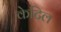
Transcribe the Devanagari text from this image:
केटिल